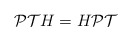
\begin{align*}\mathcal{PT}H= H\mathcal{PT}\end{align*}